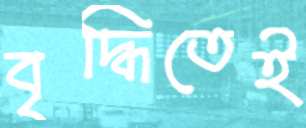
বৃদ্ধিতেই